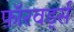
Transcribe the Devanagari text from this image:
फ़ॉरवर्ड्स